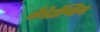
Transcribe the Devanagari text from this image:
थैनेटॉॅप्सिस